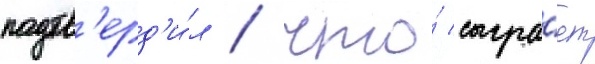
подтв'ерд'и́л / что́ сыгра́ет